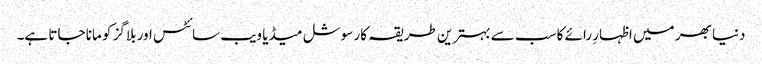
دنیا بھر میں اظہارِ رائے کا سب سے بہترین طریقہ کار سوشل میڈیا ویب سائٹس اور بلاگز کو مانا جاتا ہے۔